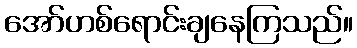
အော်ဟစ်ရောင်းချနေကြသည်။